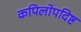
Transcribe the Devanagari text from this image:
कपिलोपदिष्ट